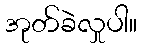
အုတ်ခဲလှုပါ။